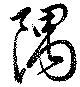
隅